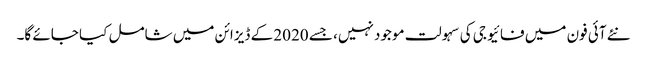
نئے آئی فون میں فائیو جی کی سہولت موجود نہیں، جسے 2020 کے ڈیزائن میں شامل کیا جائے گا۔